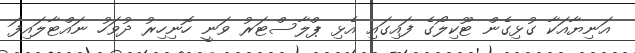
އަނިޔާއަކާ ގުޅިގެން ޓޫކިލޯގެ ފައިގައި އެޅި ޕްލާސްޓަރު ވަނީ ހޮނިހިރު ދުވަހު ނައްޓާލައިފަ